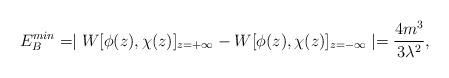
LaTeX: \begin{align*}E_B^{min}=\mid W [\phi(z), \chi(z)]_{z=+\infty}- W [\phi(z),\chi(z)]_{z=-\infty} \mid =\frac{4m^3}{3\lambda^2},\end{align*}